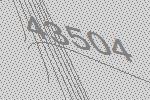
43504